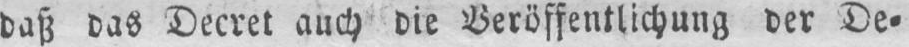
daß das Decret auch die Veröffentlichung der De⸗